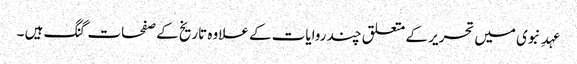
عہدِ نبوی میں تحریر کے متعلق چند روایات کے علاوہ تاریخ کے صفحات گنگ ہیں ۔